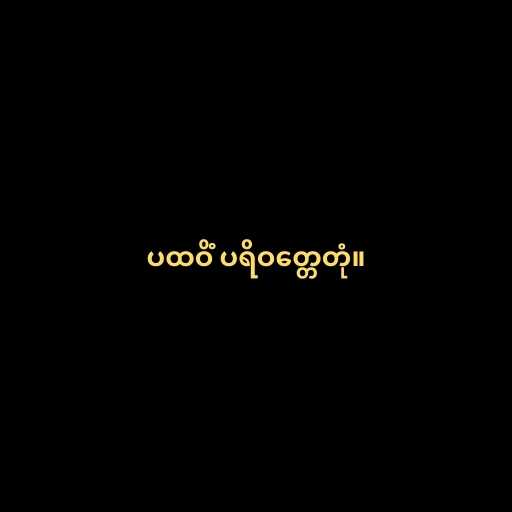
ပထဝိံ ပရိဝတ္တေတုံ။